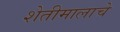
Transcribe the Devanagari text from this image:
शेतीमालाचे